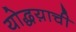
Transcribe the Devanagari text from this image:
योद्धय़ाची